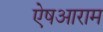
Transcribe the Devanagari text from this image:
ऐषआराम